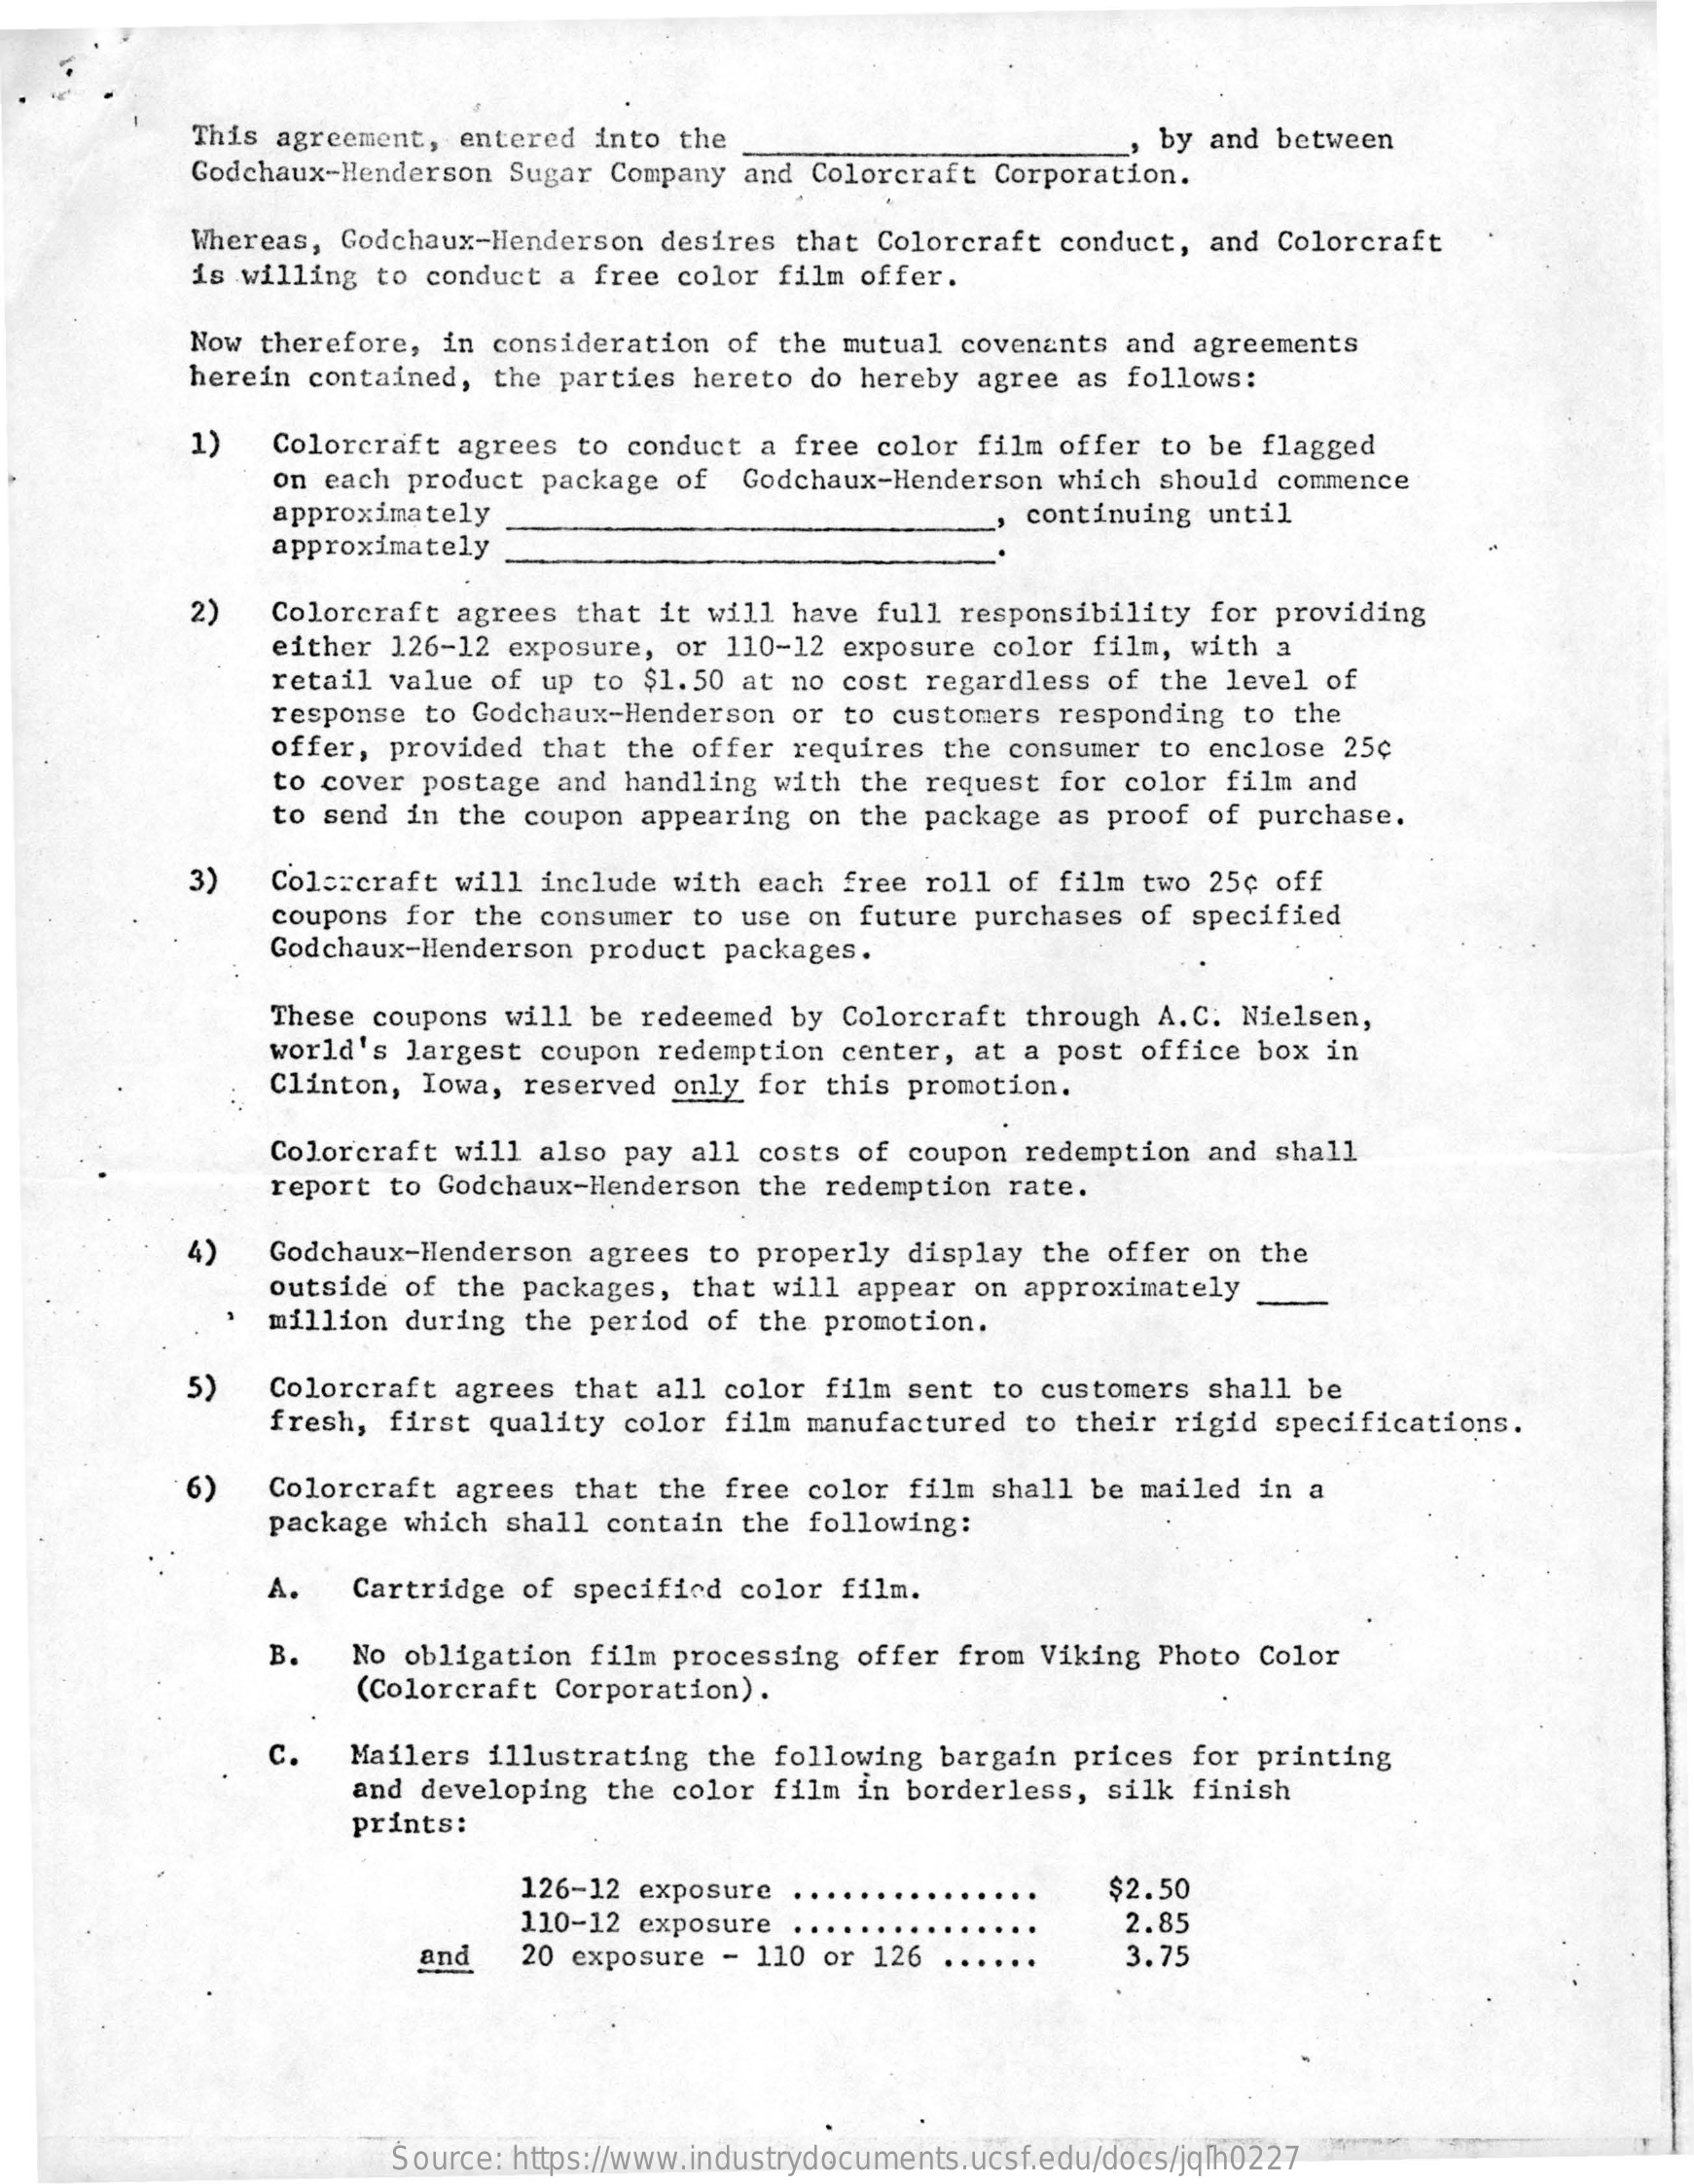
This agreement, entered into the
     Godchaux-Henderson Sugar Company and Colorcraft Corporation.
     , by and between
     Whereas, Godchaux-Henderson desires that Colorcraft conduct, and Colorcraft
     is willing to conduct a free color film offer.
     Now therefore, in consideration of the mutual covenants and agreements
     herein contained, the parties hereto do hereby agree as follows:
     1)  Colorcraft agrees to conduct a free color film offer to be flagged
     on each product package of Godchaux-Henderson which should commence
     approximately
     approximately
     continuing until
     2)  Colorcraft agrees that it will have full responsibility for providing
     either 126-12 exposure, or 110-12 exposure color film, with a
     retail value of up to $1.50 at no cost regardless of the level of
     response to Godchaux-Henderson or to customers responding to the
     offer, provided that the offer requires the consumer to enclose 25¢
     to cover postage and handling with the request for color film and
     to send in the coupon appearing on the package as proof of purchase.
     3)   Colercraft will include with each free roll of film two 25¢ off
     coupons for the consumer to use on future purchases of specified
     Godchaux-Henderson product packages.
     These coupons will be redeemed by Colorcraft through A.C. Nielsen,
     world's largest coupon redemption center, at a post office box in
     Clinton, Iowa, reserved only for this promotion.
     Colorcraft will also pay all costs of coupon redemption and shall
     report to Godchaux-Henderson the redemption rate.
     4)   Godchaux-Henderson agrees to properly display the offer on the
     outside of the packages, that will appear on approximately __
     million during the period of the promotion.
     5)   Colorcraft agrees that all color film sent to customers shall be
     fresh, first quality color film manufactured to their rigid specifications.
     6)   Colorcraft agrees that the free color film shall be mailed in a
     package which shall contain the following:
     A.  Cartridge of specified color film.
     B.  No obligation film processing offer from Viking Photo Color
     (Colorcraft Corporation).
     c.  Mailers illustrating the following bargain prices for printing
     and developing the color film in borderless, silk finish
     prints:
     126-12 exposure    $2.50
     110-12 exposure    2.85
     and   20 exposure - 110 or 126    3.75